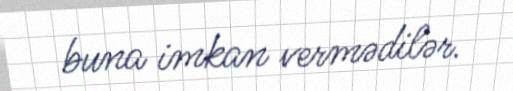
buna imkan vermədilər.